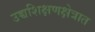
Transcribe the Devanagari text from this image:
उच्चशिक्षणक्षेत्रात